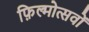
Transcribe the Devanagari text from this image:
फ़िल्मोत्सवों